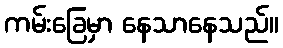
ကမ်းခြေမှာ နေသာနေသည်။